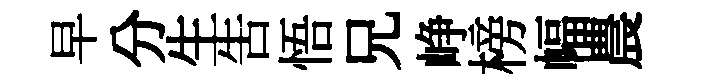
早分生告悟兄峥榜幅農